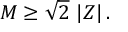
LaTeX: M \geq \sqrt { 2 } \, \left| Z \right| .